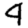
Digit: 4